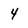
Character: 4